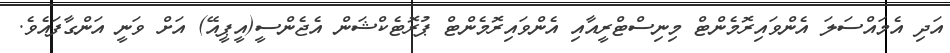
އަދި އެމައްސަލަ އެންވައިރޮމެންޓް މިނިސްޓްރީއާއި އެންވައިރޮމެންޓް ޕުރޮޓެކްޝަން އެޖެންސީ(އީޕީއޭ) އަށް ވަނީ އަންގާފައެވެ.